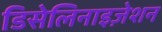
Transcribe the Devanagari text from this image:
डिसेलिनाइज़ेशन